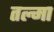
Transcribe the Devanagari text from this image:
तल्मा